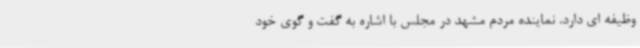
وظیفه ای دارد. نماینده مردم مشهد در مجلس با اشاره به گفت و گوی خود